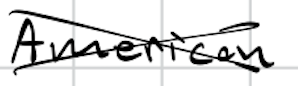
Text: America
Cross-out: cross
Writing tool: digital_black